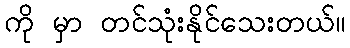
ကို မှာ တင်သုံးနိုင်သေးတယ်။